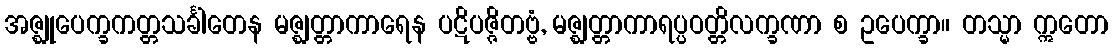
အဇ္ဈုပေက္ခကတ္တသင်္ခါတေန မဇ္ဈတ္တာကာရေန ပဋိပဇ္ဇိတဗ္ဗံ, မဇ္ဈတ္တာကာရပ္ပဝတ္တိလက္ခဏာ စ ဥပေက္ခာ။ တသ္မာ ဣတော